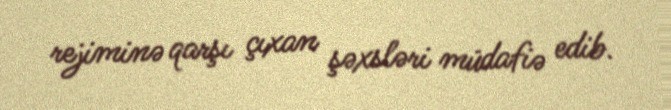
rejiminə qarşı çıxan şəxsləri müdafiə edib.